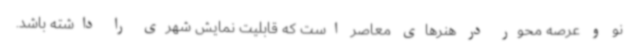
نو و عرصه محور در هنرهای معاصر است که قابلیت نمایش شهری را داشته باشد.